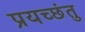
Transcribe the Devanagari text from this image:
प्रयच्छंतु